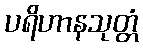
ပရိဟာနသုတ္တံ